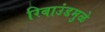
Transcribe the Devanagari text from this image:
रिबाउंडमुळे